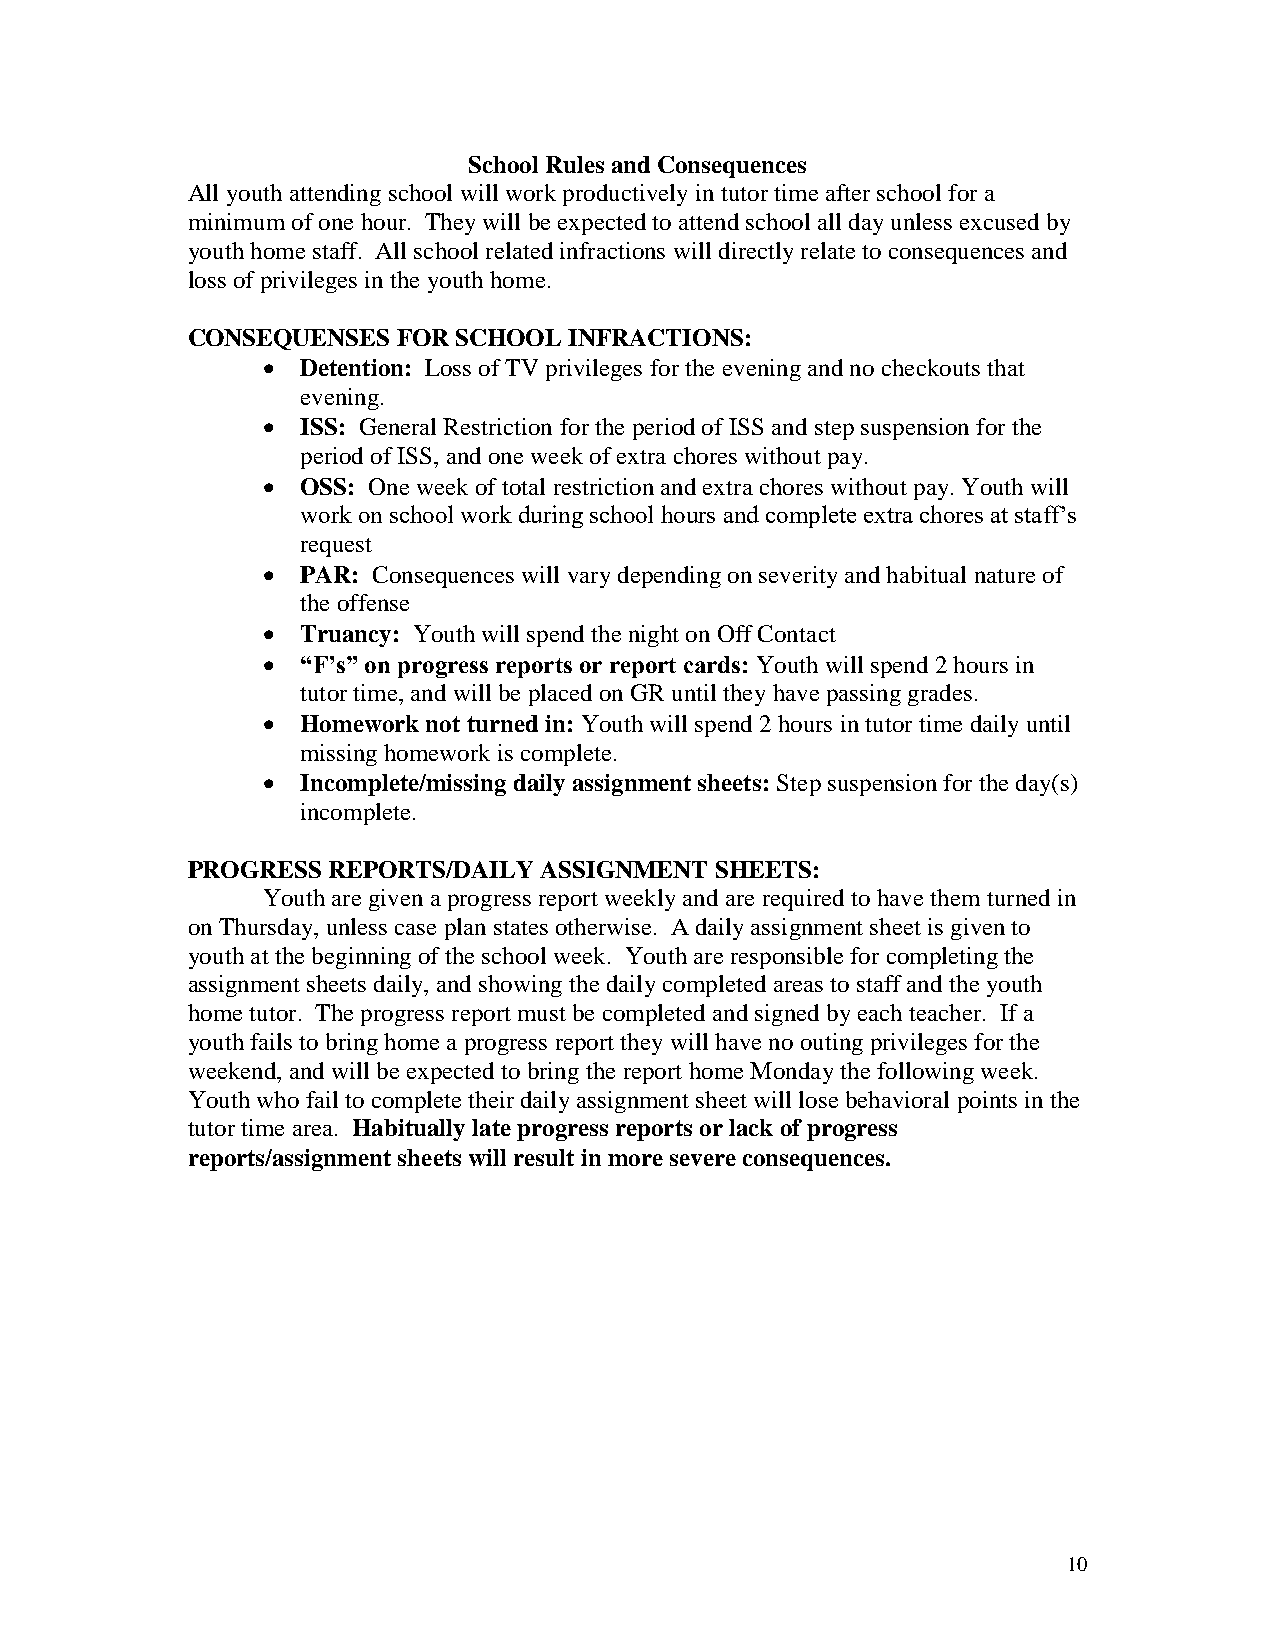
School Rules and Consequences
 All youth attending school will work productively in tutor time after school for a
 minimum of one hour. They will be expected to attend school all day unless excused by
 youth home staff. All school related infractions will directly relate to consequences and
 loss of privileges in the youth home.
 CONSEQUENSES  FOR SCHOOL  INFRACTIONS:
   Detention: Loss of TV privileges for the evening and no checkouts that
 evening.
   ISS: General Restriction for the period of ISS and step suspension for the
 period of ISS, and one week of extra chores without pay.
   OSS: One week of total restriction and extra chores without pay. Youth will
 work on school work during school hours and complete extra chores at staff’s
 request
   PAR: Consequences will vary depending on severity and habitual nature of
 the offense
   Truancy: Youth will spend the night on Off Contact
   “F’s” on progress reports or report cards: Youth will spend 2 hours in
 tutor time, and will be placed on GR until they have passing grades.
   Homework not turned in: Youth will spend 2 hours in tutor time daily until
 missing homework is complete.
   Incomplete/missing daily assignment sheets: Step suspension for the day(s)
 incomplete.
 PROGRESS  REPORTS/DAILY ASSIGNMENT SHEETS:
 Youth are given a progress report weekly and are required to have them turned in
 on Thursday, unless case plan states otherwise. A daily assignment sheet is given to
 youth at the beginning of the school week. Youth are responsible for completing the
 assignment sheets daily, and showing the daily completed areas to staff and the youth
 home tutor. The progress report must be completed and signed by each teacher. If a
 youth fails to bring home a progress report they will have no outing privileges for the
 weekend, and will be expected to bring the report home Monday the following week.
 Youth who fail to complete their daily assignment sheet will lose behavioral points in the
 tutor time area. Habitually late progress reports or lack of progress
 reports/assignment sheets will result in more severe consequences.
 10